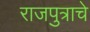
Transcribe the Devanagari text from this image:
राजपुत्राचे